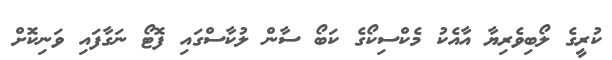
ކުރީގެ ލޯބިވެރިޔާ އާއެކު މެކްސިކޯގެ ކަބޯ ސާން ލުކާސްގައި ފޮޓޯ ނަގާފައި ވަނިކޮށް